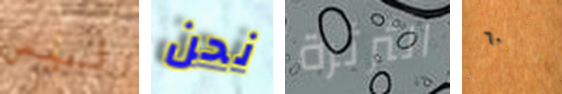
ليس نحن الثرثرة ٦٠